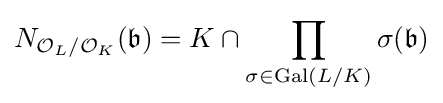
N_{{\mathcal {O}}_{L}/{\mathcal {O}}_{K}}({\mathfrak {b}})=K\cap \prod _{\sigma \in \operatorname {Gal} (L/K)}\sigma ({\mathfrak {b}})